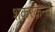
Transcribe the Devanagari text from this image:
शकरक़न्दी